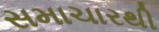
સમાચારથી